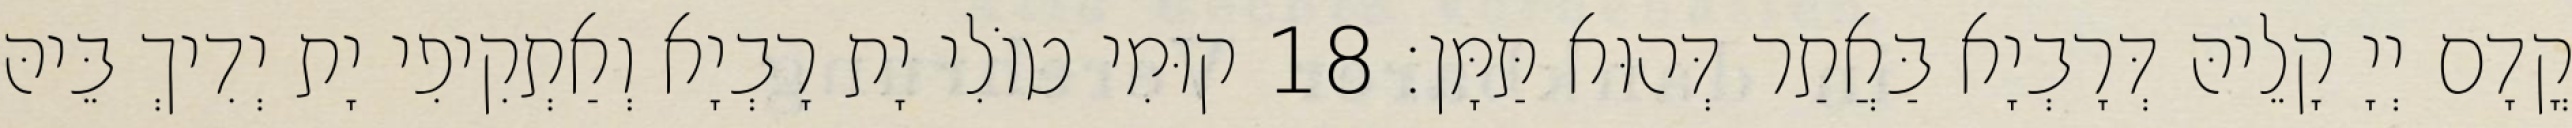
קֳדָם יְיָ קָלֵיהּ דְּרָבְיָא בַּאֲתַר דְּהוּא תַּמָּן׃ 18 קוּמִי טוֹלִי יָת רָבְיָא וְאַתְקִיפִי יָת יְדִיךְ בֵּיהּ